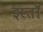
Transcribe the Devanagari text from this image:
इस्तॉ